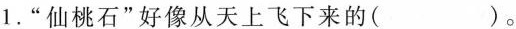
1.”仙桃石”好像从天上飞下来的( )。